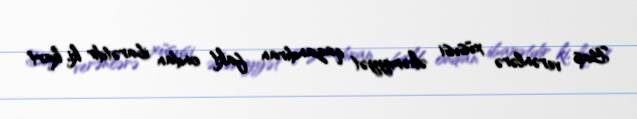
Baş verənlərə xüsusi əhəmiyyət qazandıran fakt ondan ibarətdir ki, kart